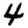
Digit: 4